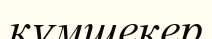
құмшекер